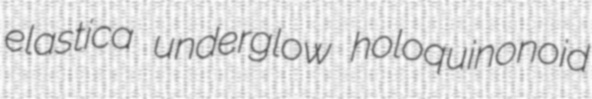
elastica underglow holoquinonoid